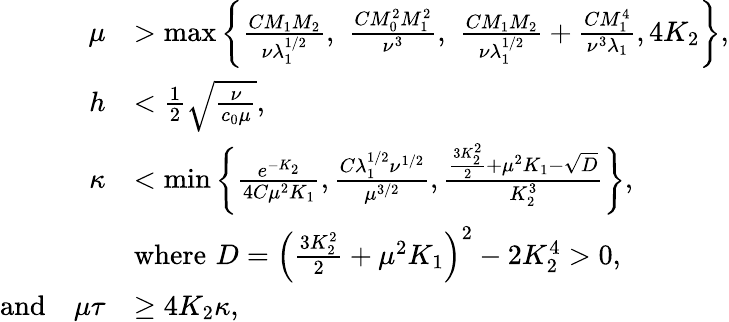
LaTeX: \begin{array}{rl}{\mu}&{>\operatorname*{max}\left\{ \frac{CM_{1}M_{2}}{\nu\lambda_{1}^{1/2}},\, \, \frac{CM_{0}^{2}M_{1}^{2}}{\nu^{3}},\, \, \frac{CM_{1}M_{2}}{\nu\lambda_{1}^{1/2}}+\frac{CM_{1}^{4}}{\nu^{3}\lambda_{1}},4K_{2}\right\} ,}\\ {h}&{<\frac{1}{2}\sqrt{\frac{\nu}{c_{0}\mu}},}\\ {\kappa}&{<\operatorname*{min}\left\{ \frac{e^{-K_{2}}}{4C\mu^{2}K_{1}},\frac{C\lambda_{1}^{1/2}\nu^{1/2}}{\mu^{3/2}},\frac{\frac{3K_{2}^{2}}{2}+\mu^{2}K_{1}-\sqrt{D}}{K_{2}^{3}}\right\} ,}\\ &{\mathrm{where}\, \, D=\Big(\frac{3K_{2}^{2}}{2}+\mu^{2}K_{1}\Big)^{2}-2K_{2}^{4}>0,}\\ {\mathrm{and}\quad\mu\tau}&{\geq 4K_{2}\kappa,}\end{array}